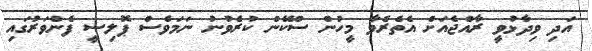
އަދި ވިދާޅުވީ ރާއްޖެއަށް އެތެރެވާ މީހުން ސްކޭން ކުރެވުނު ނަމަވެސް ޕޮލިސީ ފެންވަރުގައި